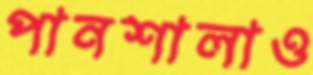
পানশালাও